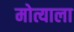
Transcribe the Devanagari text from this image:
मोत्याला